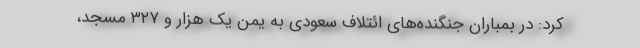
کرد: در بمباران جنگنده‌های ائتلاف سعودی به یمن یک هزار و ۳۲۷ مسجد،